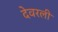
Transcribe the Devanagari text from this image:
देवरली